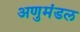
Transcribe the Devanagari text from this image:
अणुमंडल